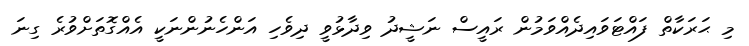
މި ޙަރަކާތް ފައްޓަވައިދެއްވަމުން ރައީސް ނަޝީދު ވިދާޅުވީ ދިވެހި އަންހެނުންނަކީ އެއްގޮތަށްވުރެ ގިނަ